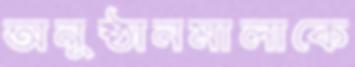
অনুষ্ঠানমালাকে